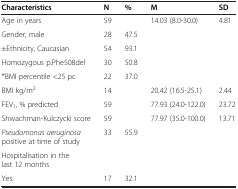
<table><thead><tr><td><b>Characteristics</b></td><td><b>N</b></td><td><b>%</b></td><td><b>M</b></td><td><b>SD</b></td></tr></thead><tbody><tr><td>Age in years</td><td>59</td><td> </td><td>14.03 (8.0-30.0)</td><td>4.81</td></tr><tr><td>Gender, male</td><td>28</td><td>47.5</td><td> </td><td> </td></tr><tr><td>±Ethnicity, Caucasian</td><td>54</td><td>93.1</td><td> </td><td> </td></tr><tr><td>Homozygous p.Phe508del</td><td>30</td><td>50.8</td><td> </td><td> </td></tr><tr><td>*BMI percentile &lt;25 pc</td><td>22</td><td>37.0</td><td> </td><td> </td></tr><tr><td>BMI kg/m<sup>2</sup></td><td>14</td><td> </td><td>20.42 (16.5-25.1)</td><td>2.44</td></tr><tr><td>FEV<sub>1</sub>, % predicted</td><td>59</td><td> </td><td>77.93 (24.0-122.0)</td><td>23.72</td></tr><tr><td>Shwachman-Kulczycki score</td><td>59</td><td> </td><td>77.97 (35.0-100.0)</td><td>13.71</td></tr><tr><td><i>Pseudomonas aeruginosa</i> positive at time of study</td><td>33</td><td>55.9</td><td> </td><td> </td></tr><tr><td>Hospitalisation in the last 12 months</td><td> </td><td> </td><td> </td><td> </td></tr><tr><td>Yes</td><td>17</td><td>32.1</td><td> </td><td> </td></tr></tbody></table>